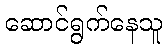
ဆောင်ရွက်နေသူ